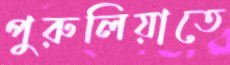
পুরুলিয়াতে